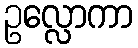
ဥလ္လောကာ